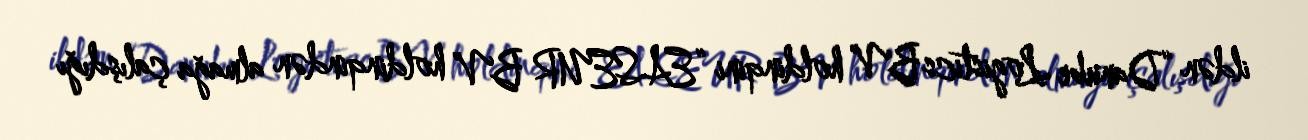
ildən “Danube Logistics BV” holdinqini “EASEUR BV” holdinqindən almağa çalışdığı